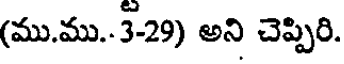
(ము.ము..3-29) అని చెప్పిరి.